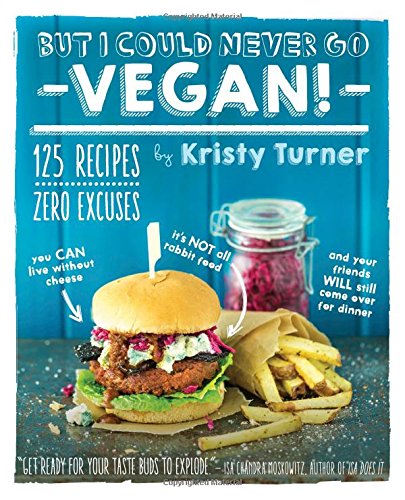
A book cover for But I Could Never Go Vegan!: 125 Recipes That Prove You Can Live Without Cheese, It's Not All Rabbit Food, and Your Friends Will Still Come Over for Dinner; Kristy Turner; Cookbooks, Food & Wine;